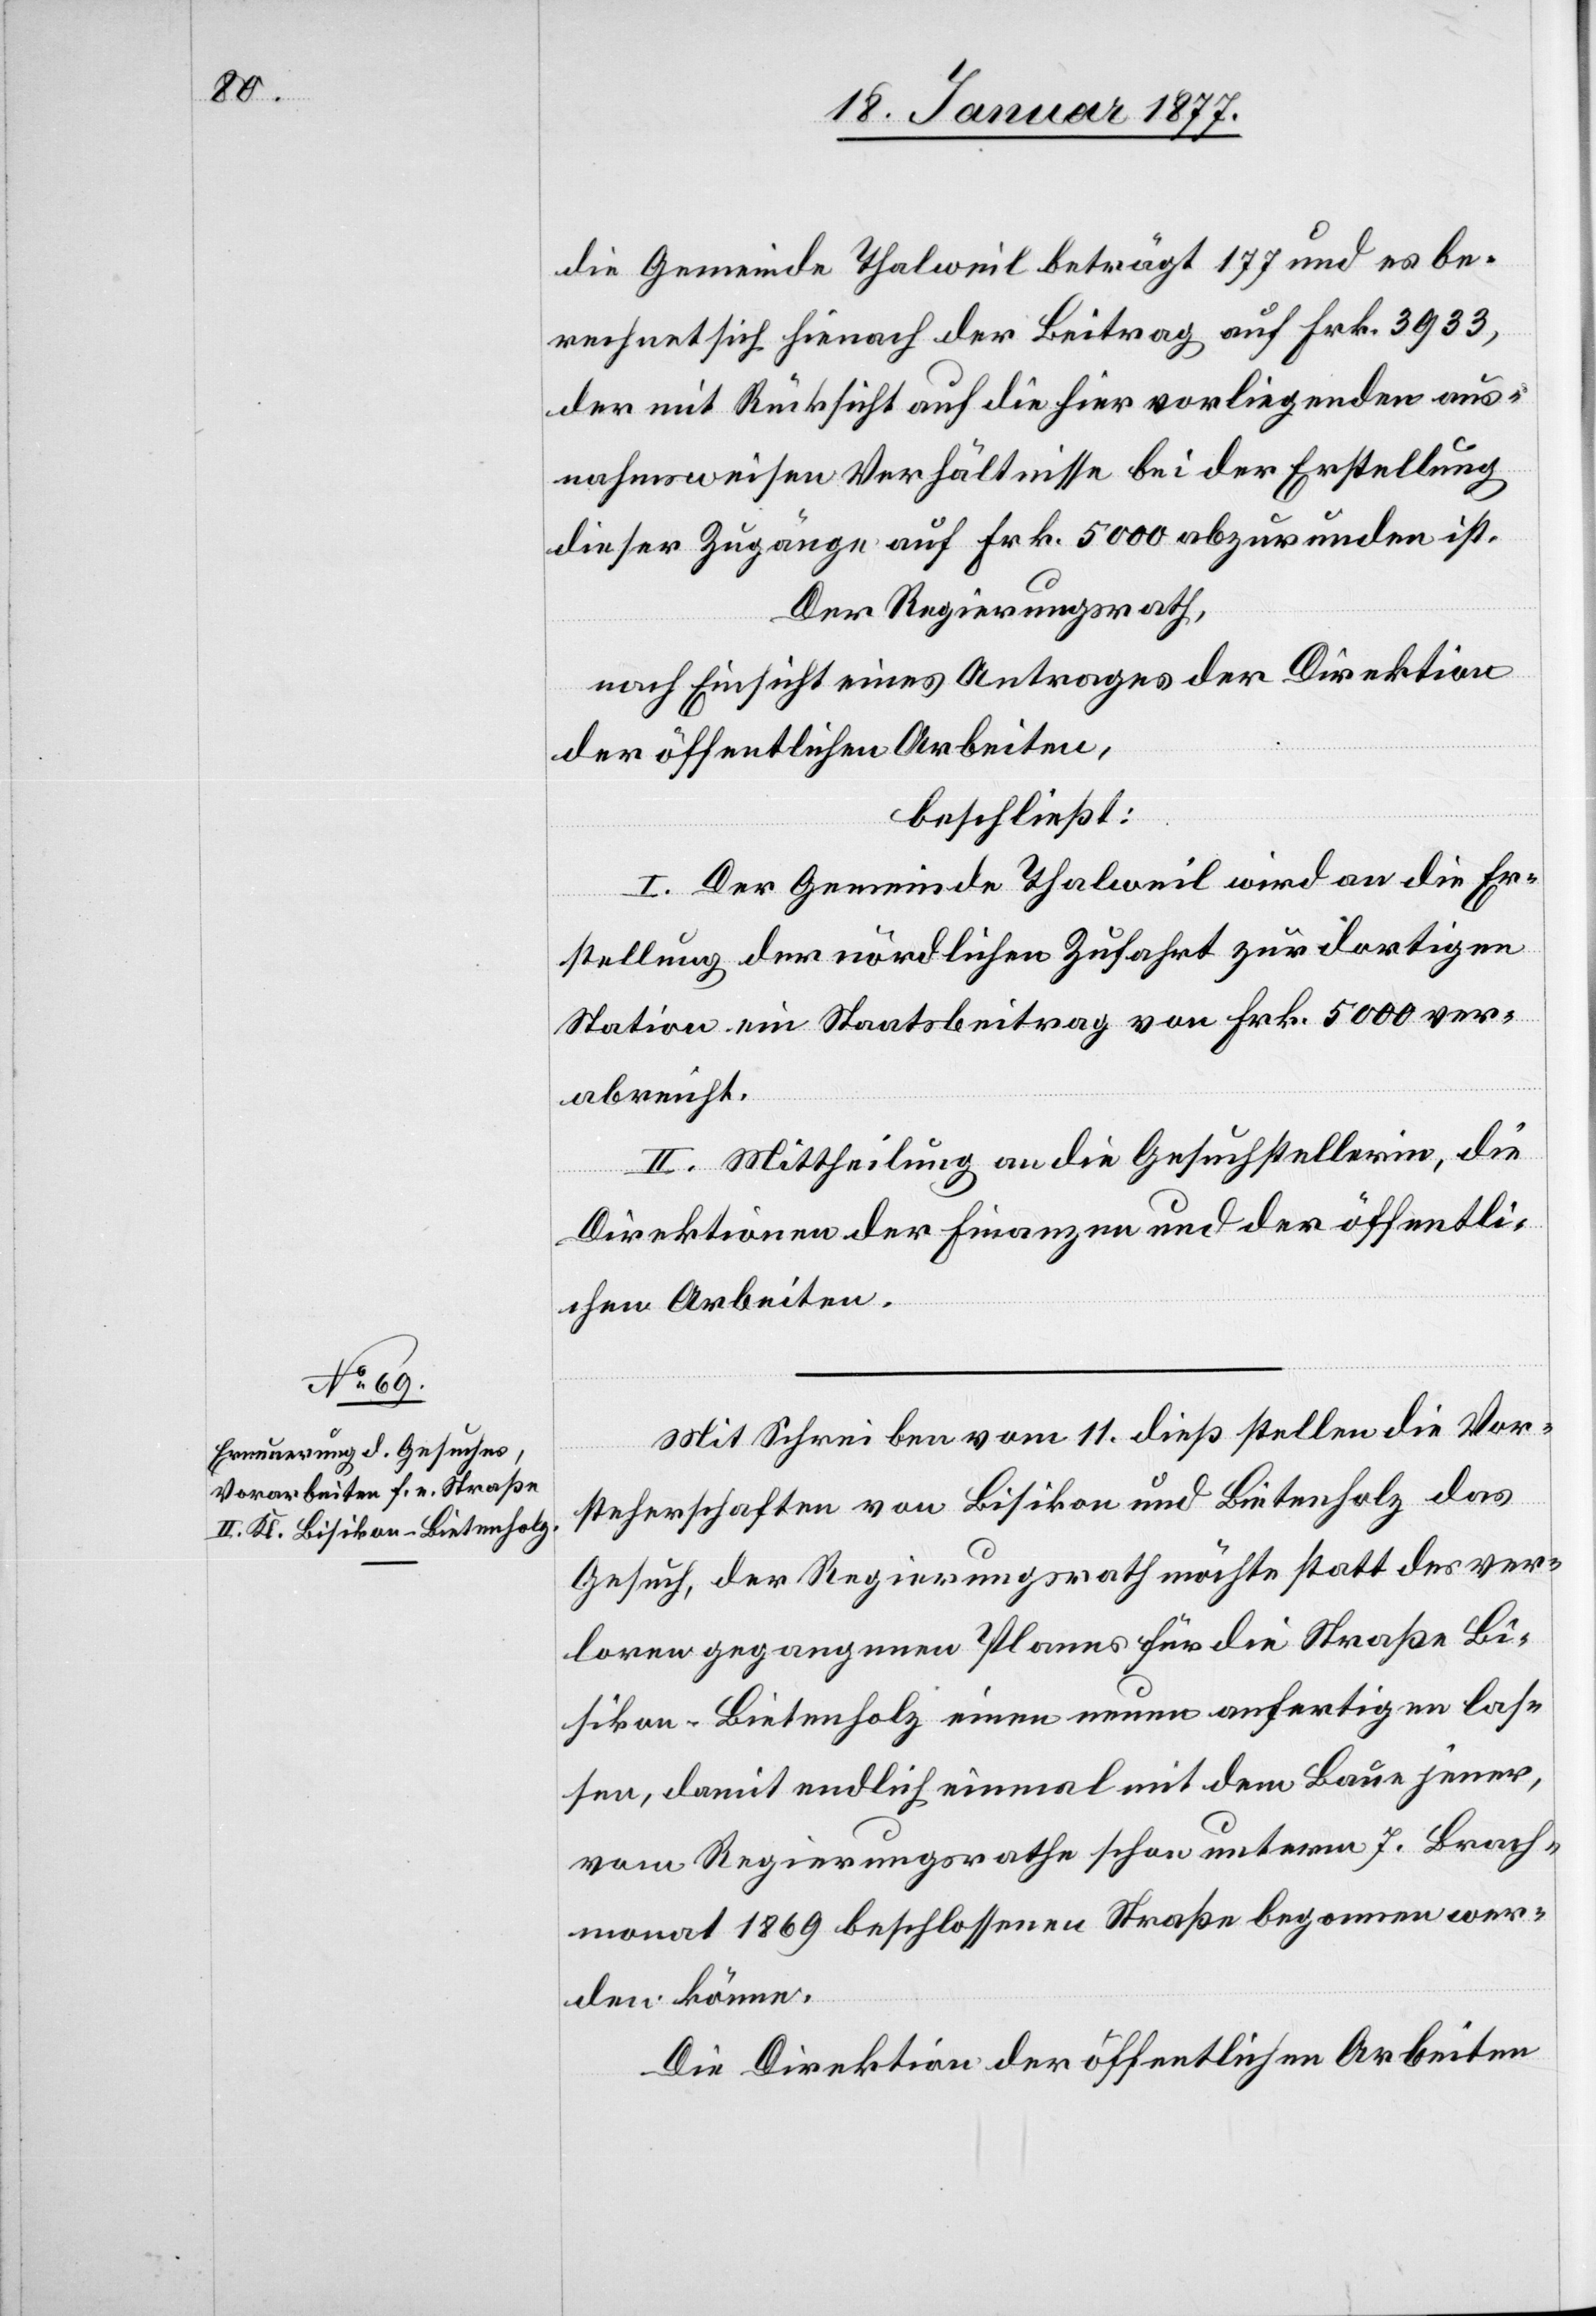
die Gemeinde Thalweil beträgt 177 und es be¬
rechnet sich hienach der Beitrag auf Frk. 3933
der mit Rücksicht auf die hier vorliegenden Ve¬
dieser Zugänge auf Frk. 5000 abzurunden ist.
Der Regierungsrath,
nach Einsicht eines Antrages der Direktion
der öffentlichen Arbeiten,
beschließt:
lung
I. Der Gemeinde Thalweil wird an die Er¬
stellung der nördlichen Zufahrt zur dortigen
Station ein Staatsbeitrag von Frk. 5000 ver¬
abreicht.
II. Mittheilung an die Gesuchstellerin, die
Direktionen der Finanzen und der öffentli¬
chen Arbeiten.
Mit Schreiben vom 11. dieß stellen die Vor¬
steherschaften von Bisikon und Bietenholz das
Gesuch, der Regierungsrath möchte statt des ver¬
loren gegangenen Planes für die Straße Bi¬
sikon–Bietenholz einen neuen anfertigen las¬
sen, damit endlich einmal mit dem Baue jener,
vom Regierungsrathe schon unterm 7. Brach¬
monat 1869 beschlossenen Straße begonnen wer¬
den könne.
Die Direktion der öffentlichen Arbeiten